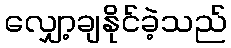
လျှော့ချနိုင်ခဲ့သည်